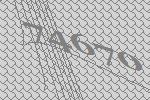
74670